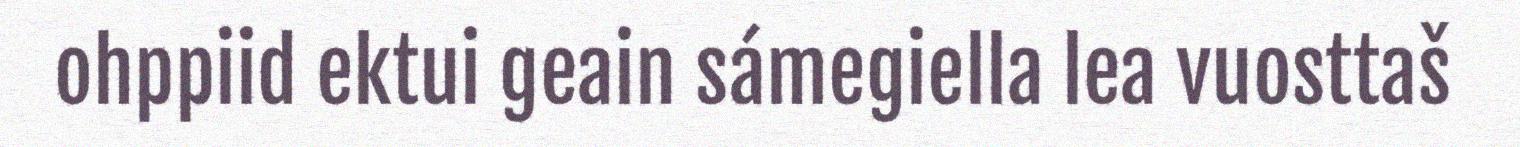
ohppiid ektui geain sámegiella lea vuosttaš